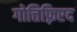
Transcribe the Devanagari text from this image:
गोत्तिफ़्रिएद